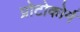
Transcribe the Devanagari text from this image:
प्रोटोकोर्म